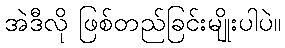
အဲဒီလို ဖြစ်တည်ခြင်းမျိုးပါပဲ။